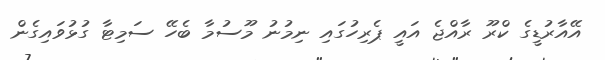
އޭއާރުޑީގެ ކްރޫ ރާއްޖެ އައީ ޕެރިހުގައި ނިމުނު މޫސުމާ ބެހޭ ސަމިޓާ ގުޅުވައިގެން